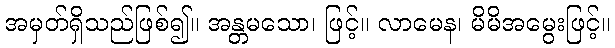
အမှတ်ရှိသည်ဖြစ်၍။ အန္တမသော၊ ဖြင့်။ လာမေန၊ မိမိအမွေးဖြင့်။